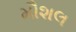
મૌશલ